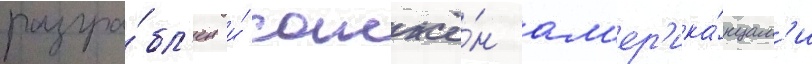
разгра́бл'ен и́ сожжё́н ам'ер'ика́нцам'и